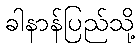
ခါနာန်ပြည်သို့